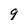
Character: 9